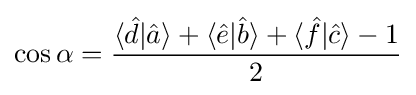
\cos \alpha ={\frac {\langle {\hat {d}}|{\hat {a}}\rangle +\langle {\hat {e}}|{\hat {b}}\rangle +\langle {\hat {f}}|{\hat {c}}\rangle -1}{2}}